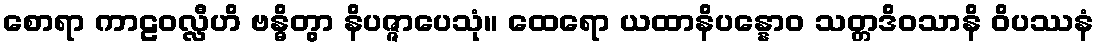
စောရာ ကာဠဝလ္လီဟိ ဗန္ဓိတွာ နိပဇ္ဇာပေသုံ။ ထေရော ယထာနိပန္နောဝ သတ္တဒိဝသာနိ ဝိပဿနံ